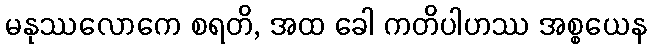
မနုဿလောကေ စရတိ, အထ ခေါ ကတိပါဟဿ အစ္စယေန